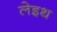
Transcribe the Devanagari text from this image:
लेइथ